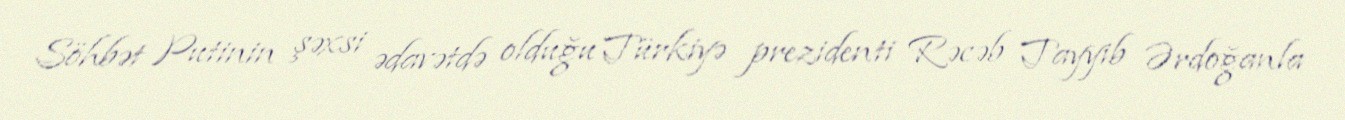
Söhbət Putinin şəxsi ədavətdə olduğu Türkiyə prezidenti Rəcəb Tayyib Ərdoğanla